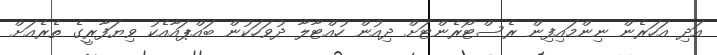
އަދި އަހަރެން ނިންމައިފިން ރެސްޓޯރެންޓަށް ދިއުން ހުއްޓާލާ ދުވަހަކުން ބައްޕައާއެކު ވިޔަފާރީގެ ތެރެއަށް